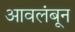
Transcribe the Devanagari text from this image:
आवलंबून